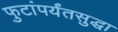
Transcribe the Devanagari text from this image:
फुटांपर्यंतसुद्धा